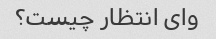
وای انتظار چیست؟